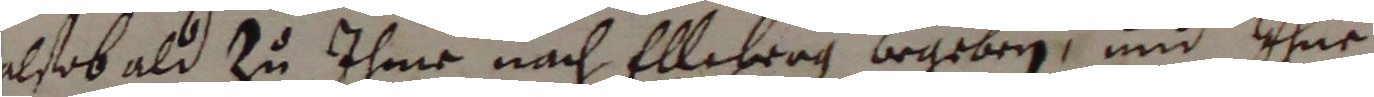
alsob ald zu ihme nach ellebrag begeben und ihne